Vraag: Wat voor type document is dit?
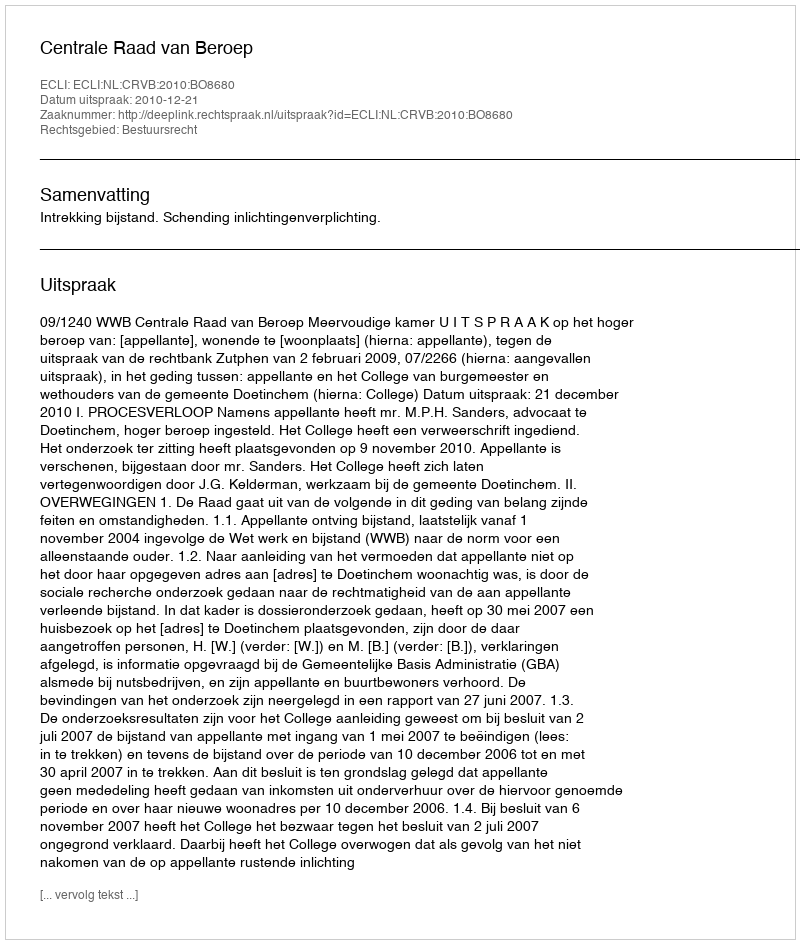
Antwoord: Uitspraak